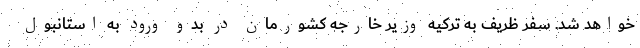
خواهد شد. سفر ظریف به ترکیه وزیر خارجه کشورمان در بدو ورود به استانبول